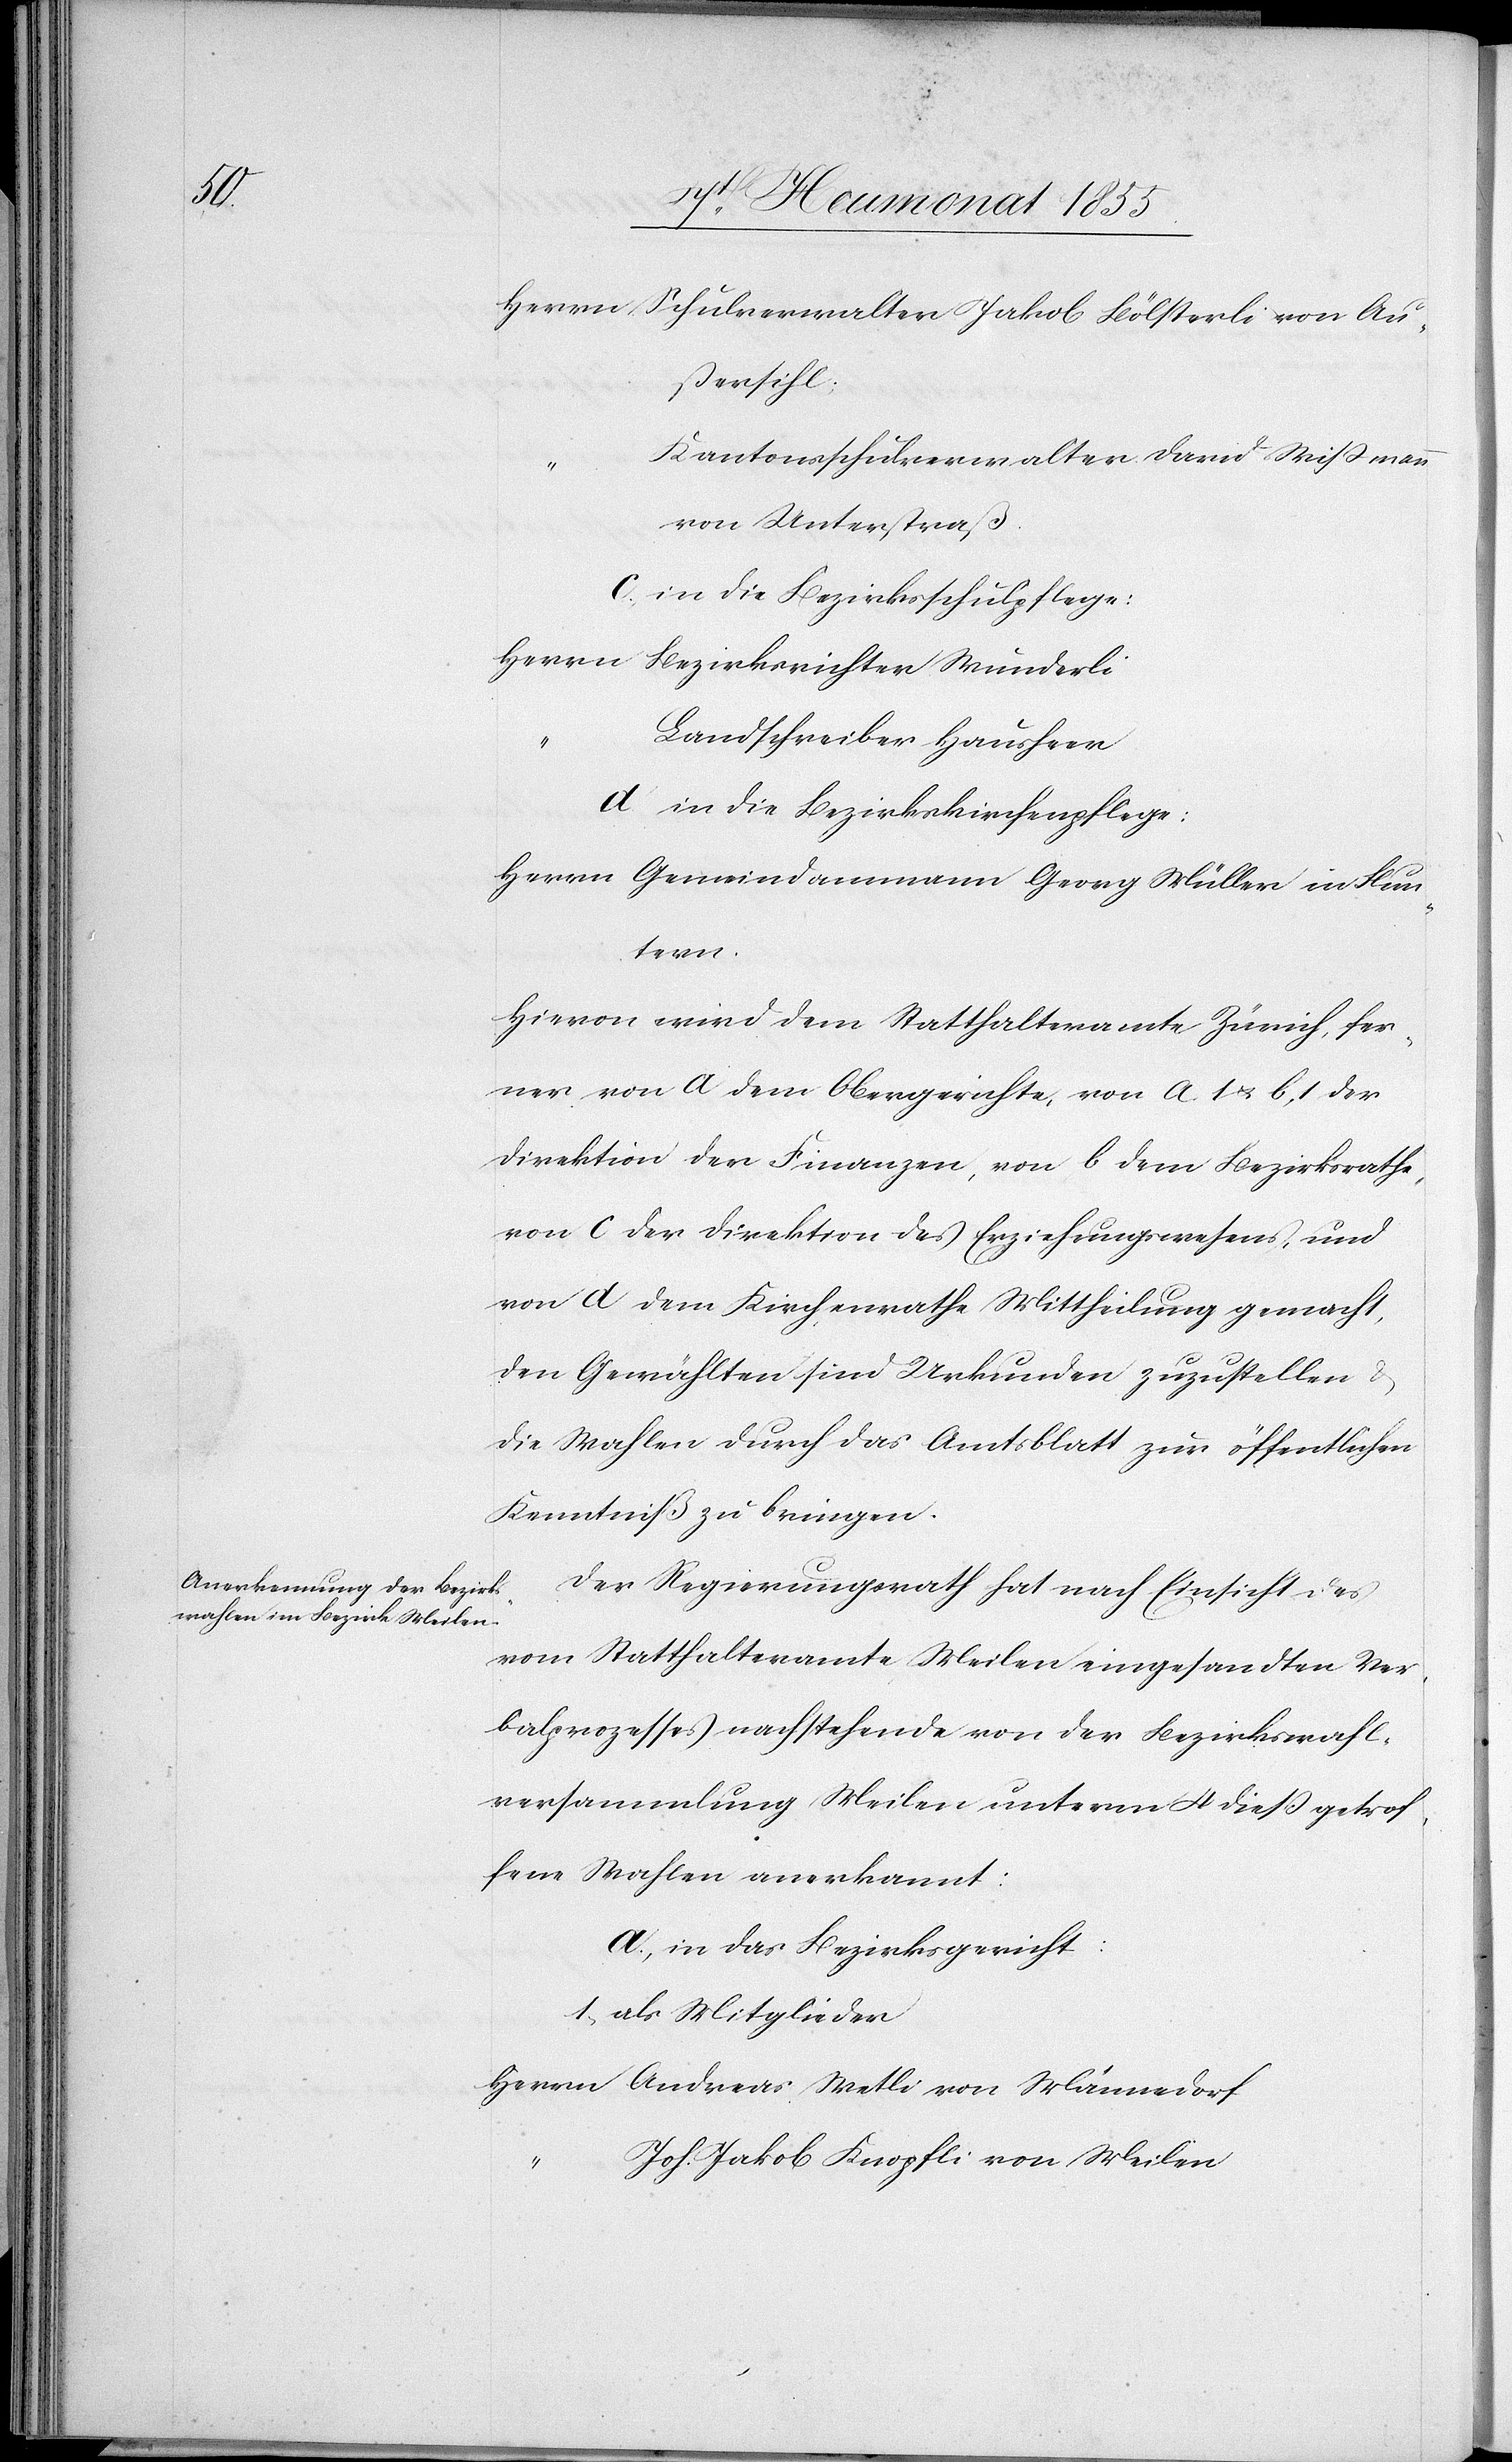
Herrn Schulverwalter Jakob Bölsterli von Au¬
ßersihl;
Kantonsschulverwalter David Wißmann
von Unterstraß.
c, in die Bezirksschulpflege:
Herrn
Bezirksrichter Wunderli
Landschreiber Hausheer
d in die Bezirkskirchenpflege:
Herrn Gemeindammann Georg Müller in Flun¬
tern.
Hievon wird dem Statthalteramte Zürich, fer¬
ner von a dem Obergerichte, von a 1 & b, 1 der
Direktion der Finanzen, von b dem Bezirksrathe,
von c der Direktion des Erziehungswesens, und
von d dem Kirchenrathe Mittheilung gemacht,
den Gewählten sind Urkunden zuzustellen &
die Wahlen durch das Amtsblatt zur öffentlichen
Kenntniß zu bringen.
Der Regierungsrath hat nach Einsicht des
vom Statthalteramte Meilen eingesandten Ver¬
balprozesses nachstehende von der Bezirkswahl¬
versammlung Meilen unterm 4 dieß getrof¬
fene Wahlen anerkannt:
a, in das Bezirksgericht:
1, als Mitglieder
Herrn Andreas Wetli von Männedorf
Joh. Jakob Knopfli von Meilen